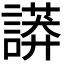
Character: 𧬏